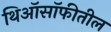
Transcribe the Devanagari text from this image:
थिऑसॉफीतील